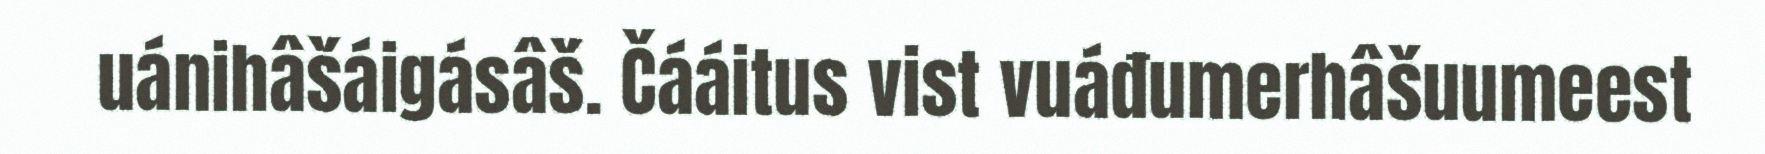
uánihâšáigásâš. Čááitus vist vuáđumerhâšuumeest